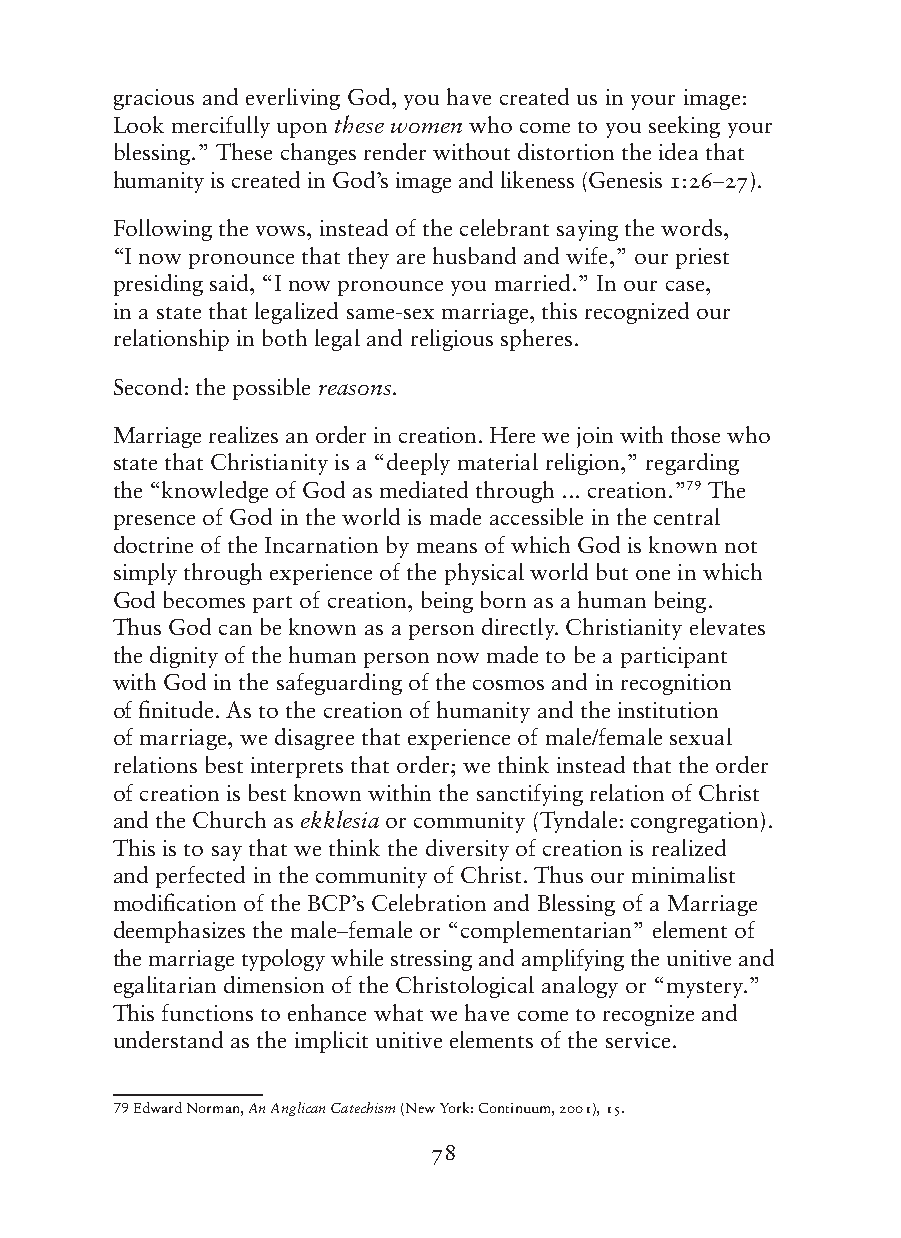
gracious and everliving God, you have created us in your image:
 Look mercifully upon these women who come to you seeking your
 blessing.” These changes render without distortion the idea that
 humanity is created in God’s image and likeness (Genesis 1:26–27).
 Following the vows, instead of the celebrant saying the words,
 “I now pronounce that they are husband and wife,” our priest
 presiding said, “I now pronounce you married.” In our case,
 in a state that legalized same-sex marriage, this recognized our
 relationship in both legal and religious spheres.
 Second: the possible reasons.
 Marriage realizes an order in creation. Here we join with those who
 state that Christianity is a “deeply material religion,” regarding
 the “knowledge of God as mediated through ... creation.”79 The
 presence of God in the world is made accessible in the central
 doctrine of the Incarnation by means of which God is known not
 simply through experience of the physical world but one in which
 God becomes part of creation, being born as a human being.
 Thus God can be known as a person directly. Christianity elevates
 the dignity of the human person now made to be a participant
 with God in the safeguarding of the cosmos and in recognition
 of finitude. As to the creation of humanity and the institution
 of marriage, we disagree that experience of male/female sexual
 relations best interprets that order; we think instead that the order
 of creation is best known within the sanctifying relation of Christ
 and the Church as ekklesia or community (Tyndale: congregation).
 This is to say that we think the diversity of creation is realized
 and perfected in the community of Christ. Thus our minimalist
 modification of the BCP’s Celebration and Blessing of a Marriage
 deemphasizes the male–female or “complementarian” element of
 the marriage typology while stressing and amplifying the unitive and
 egalitarian dimension of the Christological analogy or “mystery.”
 This functions to enhance what we have come to recognize and
 understand as the implicit unitive elements of the service.
 79 E dward Norman, An Anglican Catechism (New York: Continuum, 2001), 15.
 78